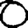
Digit: 0